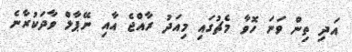
އަދި ތިން ވަނަ ހޮވާ މެޗުގައި މިއަދު ރާއްޖެ އާއި ނޭޕާލް ވާދަކުރާނެ